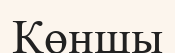
Көншы